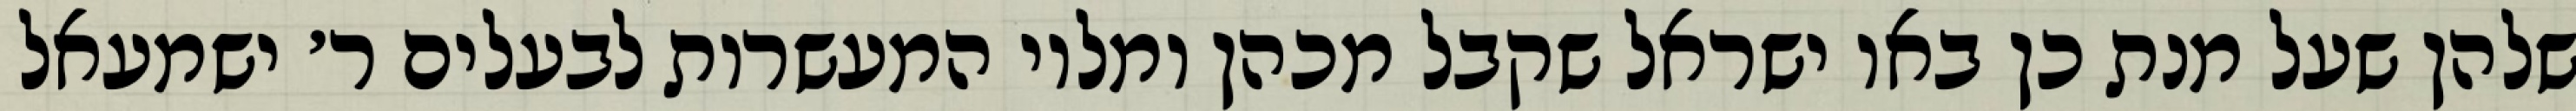
שלהן שעל מנת כן באו ישראל שקבל מכהן ומלוי המעשרות לבעלים ר׳ ישמעאל